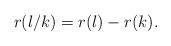
LaTeX: \begin{align*}r(l/k) = r(l) - r(k).\end{align*}